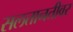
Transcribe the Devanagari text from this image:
सलतानतीवर